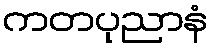
ကတပုညာနံ